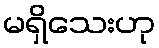
မရှိသေးဟု